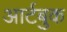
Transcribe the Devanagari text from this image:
आर्टबुक